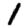
Digit: 1